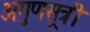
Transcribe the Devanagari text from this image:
अगुणसूत्री